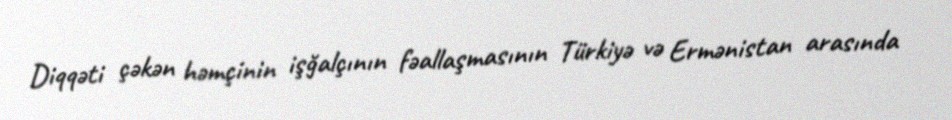
Diqqəti çəkən həmçinin işğalçının fəallaşmasının Türkiyə və Ermənistan arasında